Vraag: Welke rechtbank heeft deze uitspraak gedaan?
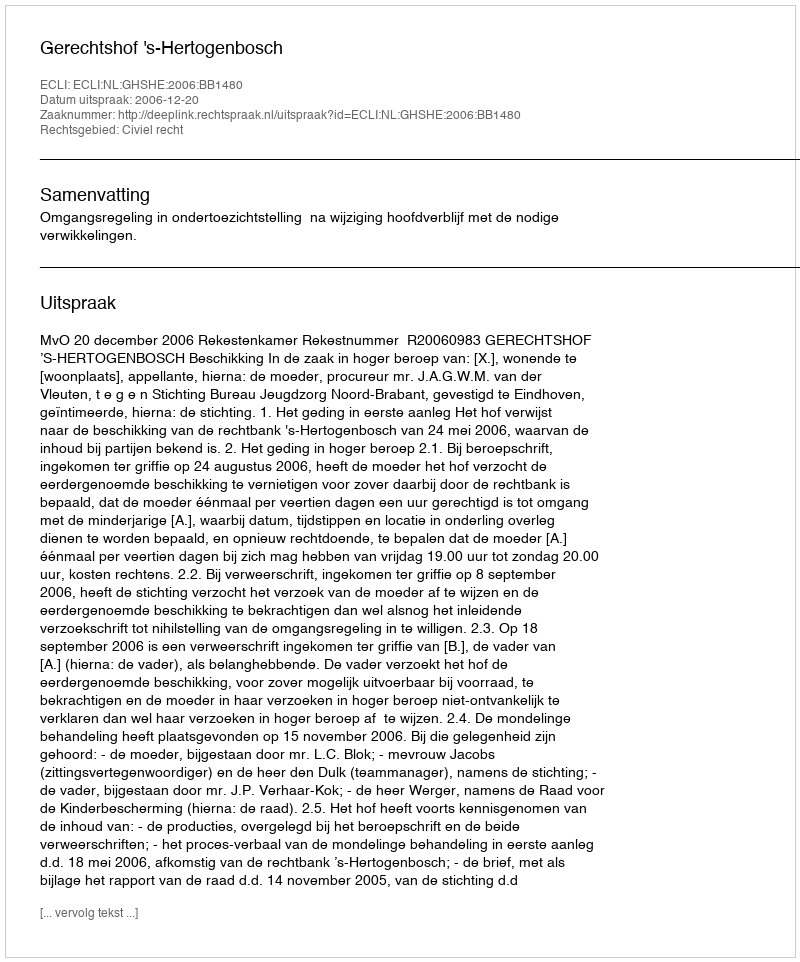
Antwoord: Gerechtshof 's-Hertogenbosch